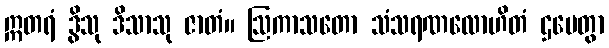
ဣတရံ ဒွိသု ဒိသာသု ဇာတံ။ ဩကာသတော သံသရဏလောဟိတံ ဌပေတွာ